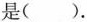
是( ).